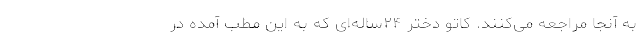
به آنجا مراجعه می‌کنند. کاتو دختر ۲۴ساله‌ای که به این مطب آمده در